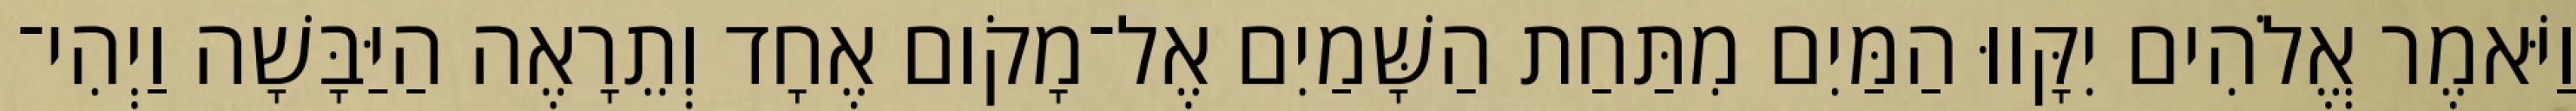
וַיֹּאמֶר אֱלֹהִים יִקָּווּ הַמַּיִם מִתַּחַת הַשָּׁמַיִם אֶל־מָקֹום אֶחָד וְתֵרָאֶה הַיַּבָּשָׁה וַיְהִי־